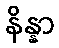
နိန္နာ